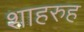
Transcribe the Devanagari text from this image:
शाहरुह